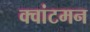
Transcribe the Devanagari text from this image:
क्वांटमन